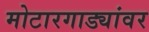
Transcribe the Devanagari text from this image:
मोटारगाड्यांवर